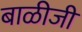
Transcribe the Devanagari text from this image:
बाळीजी